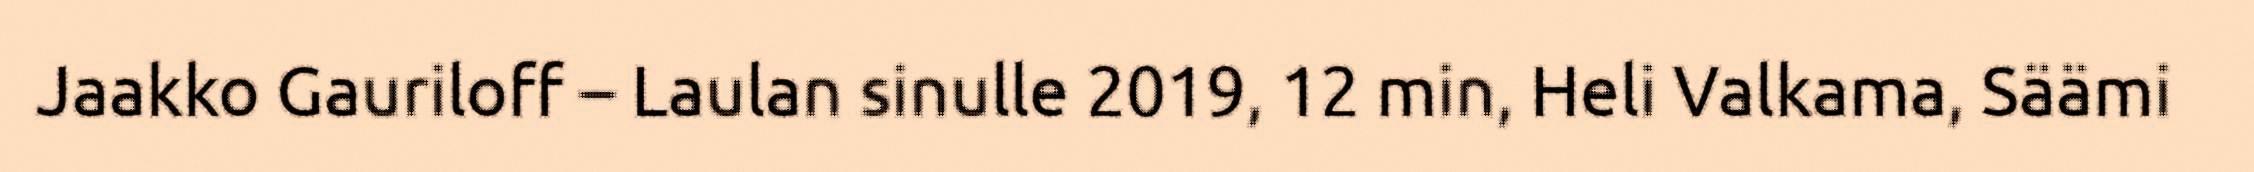
Jaakko Gauriloff – Laulan sinulle 2019, 12 min, Heli Valkama, Säämi